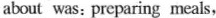
about was：preparing meals,